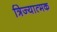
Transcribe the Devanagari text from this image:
त्रिज्यात्मक